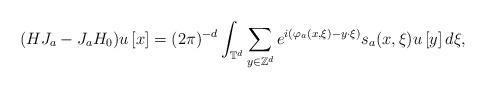
LaTeX: \begin{align*} (HJ_a-J_aH_0)u\left[x\right]=(2\pi)^{-d}\int_{\mathbb{T}^d}\sum_{y\in\mathbb{Z}^d}e^{i(\varphi_a(x,\xi)-y\cdot\xi)}s_a(x,\xi)u\left[y\right]d\xi,\end{align*}